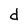
Character: d